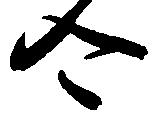
合